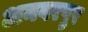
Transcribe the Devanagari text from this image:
अनवरपुर